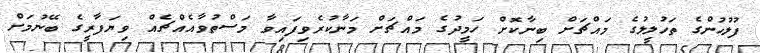
ފުލުހުންގެ ތަހުލީލުގެ މައްޗަށް ބިނާކޮށް ހަމީދުގެ މައްޗަށް މަނާކުރެވިފައިވާ މަސްތުވާއެއްޗެއް ވިޔަފާރީގެ ބޭނުމަށް